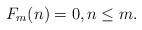
LaTeX: \begin{align*}F_m(n) = 0, n \leq m.\end{align*}